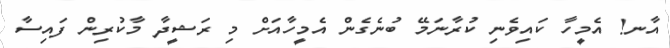
އާނ! އެމީހާ ކައިވެނި ކުރާނަމޭ ބުނެގެން އެމީހާއަށް މި ރަޝީދާ މާކުރިން ފައިސާ